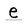
Character: e